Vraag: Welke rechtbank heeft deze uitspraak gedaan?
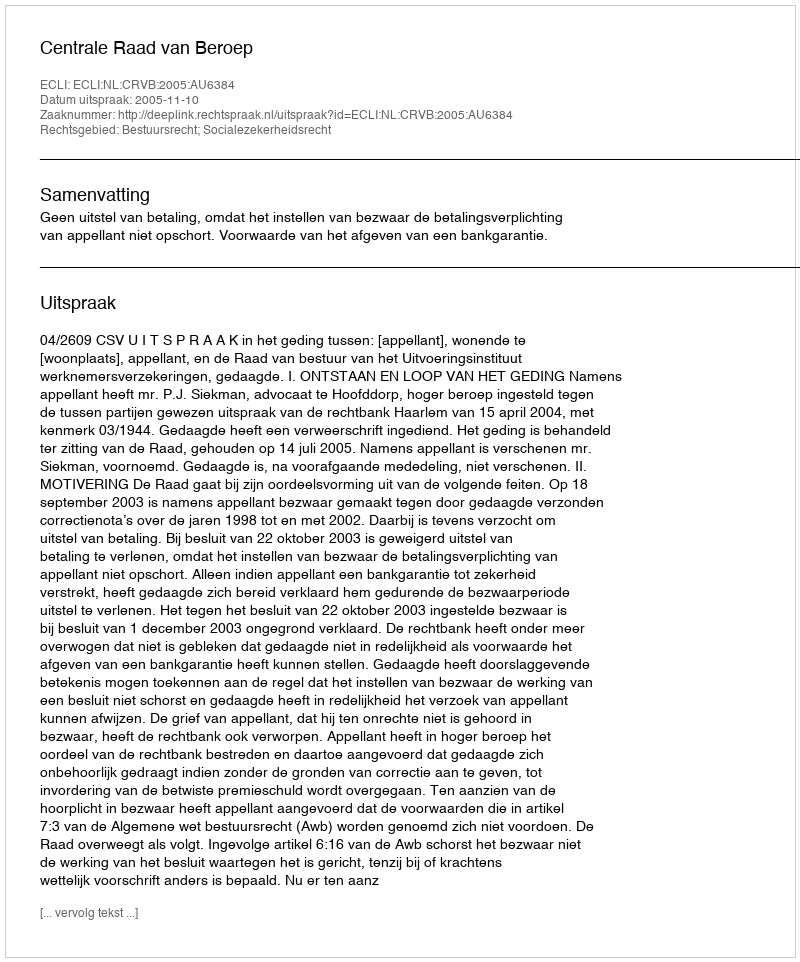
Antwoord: Centrale Raad van Beroep